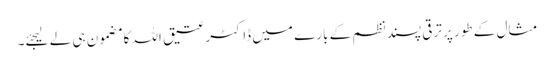
مثال کے طور پر ترقی پسند نظم کے بارے میں ڈاکٹر عتیق اللہ کا مضمون ہی لے لیجئے۔